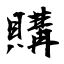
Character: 購